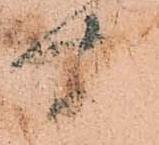
聞